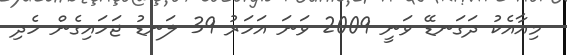
މިއާއެކު ދަގަނޑޭ ވަނީ 2009 ވަނަ އަހަރު 39 ލަނޑު ޖަހައިގެން ހެދި